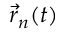
\vec { r } _ { n } ( t )